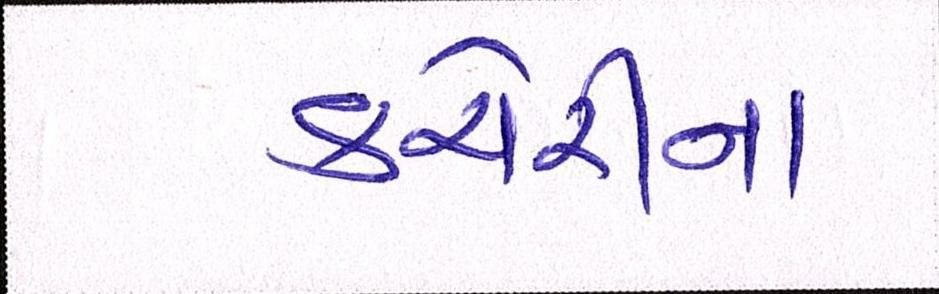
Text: કચેરીના